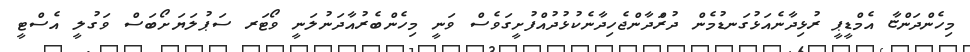
މިހެންދަންޏާ އެމްޑީޕީ ރުޅިދާނެއަޅުގަނޑުމެން ދުރަްދާންޖެހިދާނެކުޅުދުއްފުށީގަވެސް ވަނީ މިހެންބެރުއާދަނުލަނީ ވޯޓަރ ސަޕުލަޔަށޯބަސް ވަގުލީ އެސްޓީ